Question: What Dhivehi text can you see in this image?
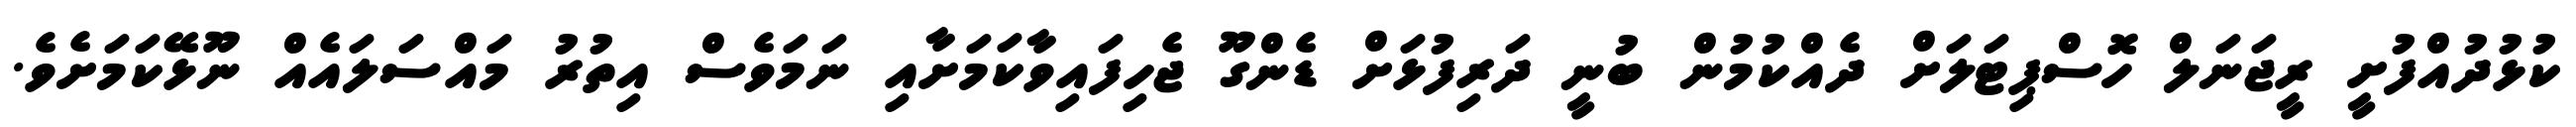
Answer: ކުޅުދުއްފުށީ ރީޖަނަލް ހޮސްޕިޓަލަށް ދެއްކުމުން ބުނީ ދަރިފުޅަށް ޑެންގޫ ޖެހިފައިވާކަމަށާއި ނަމަވެސް އިތުރު މައްސަލައެއް ނޫޅޭކަމަށެވެ.